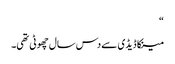
“
مینکا ڈیڈی سے دس سال چھوٹی تھی۔